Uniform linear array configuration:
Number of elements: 64
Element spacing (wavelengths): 1
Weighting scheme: hann
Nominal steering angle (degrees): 15
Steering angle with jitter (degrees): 15.11
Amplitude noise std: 0.05
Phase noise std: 0.05

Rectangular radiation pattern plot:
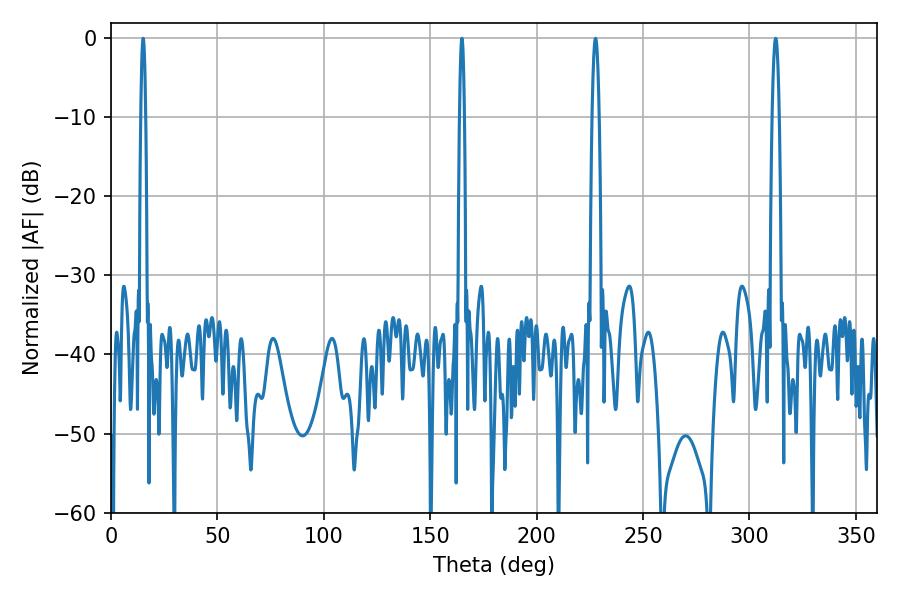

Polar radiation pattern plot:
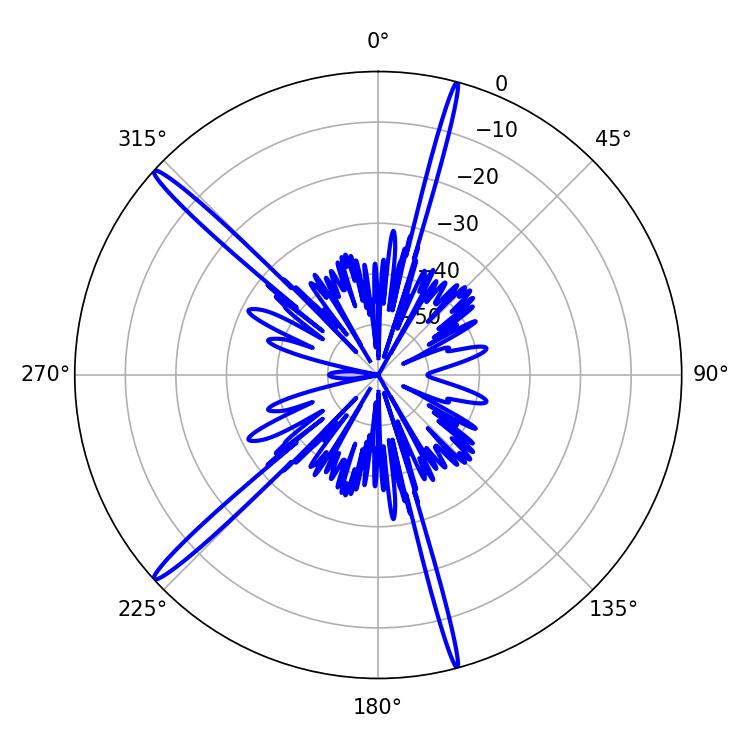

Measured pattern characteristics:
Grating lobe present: TRUE
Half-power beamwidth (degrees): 1.08
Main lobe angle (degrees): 15.12